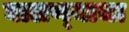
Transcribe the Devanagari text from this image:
घालण्‍याचा